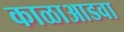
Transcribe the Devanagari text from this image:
काळाआडवा